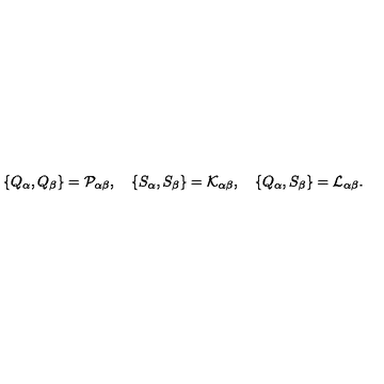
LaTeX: \left\{ Q _ { \alpha } , Q _ { \beta } \right\} = { \cal P } _ { \alpha \beta } , \quad \left\{ S _ { \alpha } , S _ { \beta } \right\} = { \cal K } _ { \alpha \beta } , \quad \left\{ Q _ { \alpha } , S _ { \beta } \right\} = { \cal L } _ { \alpha \beta } .